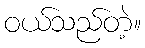
ဝယ်သည်တဲ့။